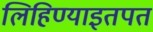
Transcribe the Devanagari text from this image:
लिहिण्याइतपत